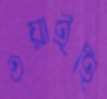
ওয়াইহি